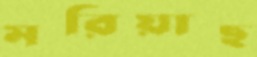
মরিয়াছ